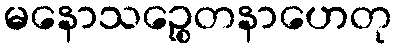
မနောသဉ္စေတနာဟေတု